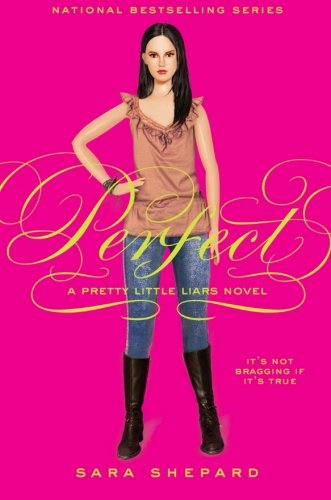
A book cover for Perfect (Pretty Little Liars, Book 3); Sara Shepard; Teen & Young Adult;